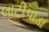
લાટીપાડા